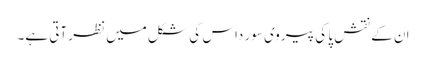
ان کے نقشِ پا کی پیروی سور داس کی شکل میں نظر آتی ہے۔